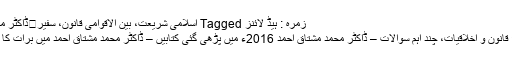
زمرہ : ہیڈ لائنز Tagged اسلامی شریعت، بین الاقوامی قانون، سفیر	ڈاکٹر محمد مشتاق احمد
جبری گمشدگی؛ قانون و اخلاقیات، چند اہم سوالات – ڈاکٹر محمد مشتاق احمد 2016ء میں پڑھی گئی کتابیں – ڈاکٹر محمد مشتاق احمد میں برات کا اعلان کرتا ہوں!